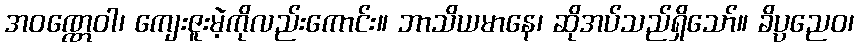
အဝဏ္ဏေဝါ၊ ကျေးဇူးမဲ့ကိုလည်းကောင်း။ ဘာသိယမာနေ၊ ဆိုအပ်သည်ရှိသော်။ ခိပ္ပညေဝ၊